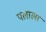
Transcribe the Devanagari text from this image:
पलाला